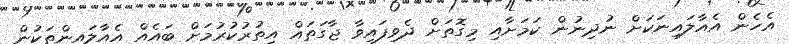
އެހެން އެއާލައިނަކަށް ނުދިނުން ކަމަށާއި މިގޮތަށް ދެވިފައިވާ ޖާގަތައް އިތުރުކުރުމަށް ބައެއް އެއާލައިންތަކުން